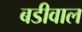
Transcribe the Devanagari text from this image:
बडीवाल